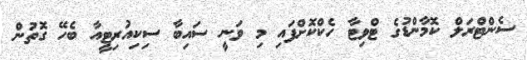
ސެންޓްރަލް ކޮމާންޑުގެ ޓްވިޓާ ހެކްކޮށްފައި މި ވަނީ ސައިބާ ސިކިއުރިޓީއާ ބެހޭ ގޮތުން